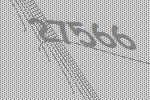
27566